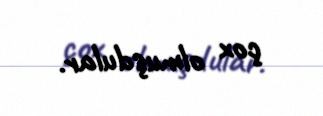
çox olmuşdular.